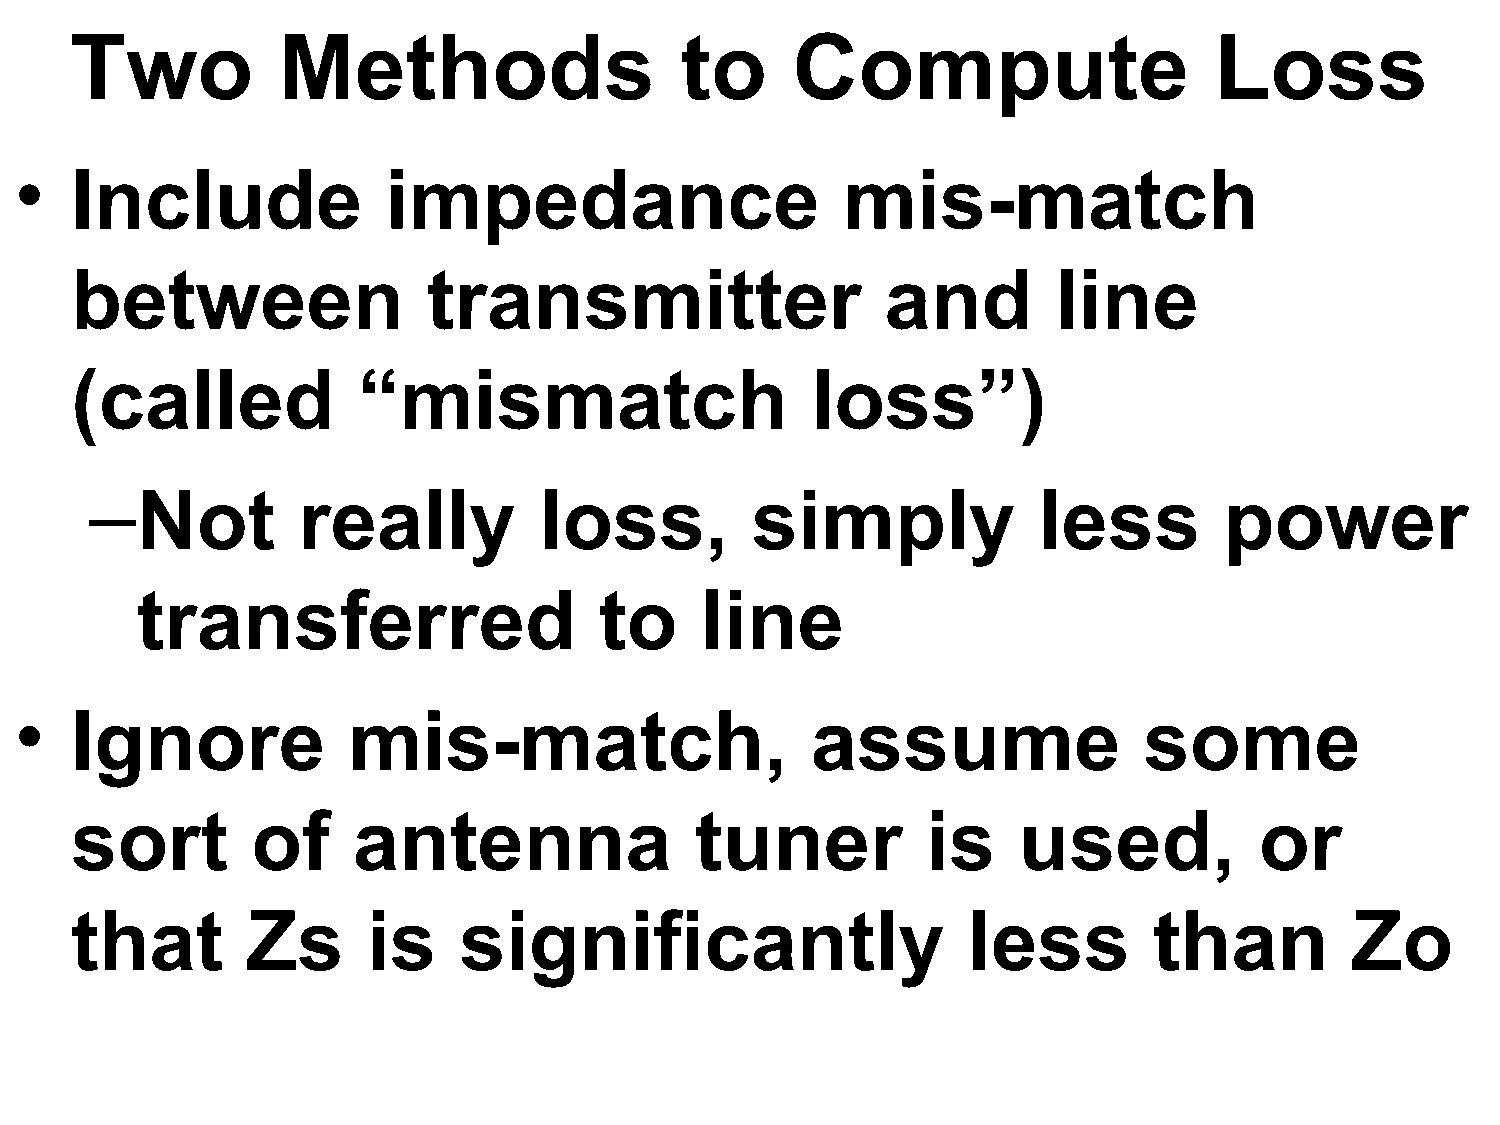
Two          Methods                    to     Compute                     Loss
 •   Include              impedance                     mis-match
 between                transmitter                    and        line
 (called            “mismatch                     loss”)
 –Not          really          loss,         simply             less        power
 transferred                    to    line
 •   Ignore            mis-match,                     assume                some
 sort        of    antenna                tuner          is    used,           or
 that       Zs      is    significantly                     less        than         Zo